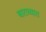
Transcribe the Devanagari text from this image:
बाराव्यात